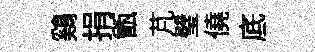
鷄捐甑芃璧僥底